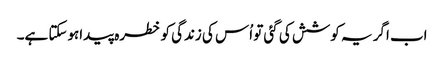
اب اگر یہ کوشش کی گئی تو اُس کی زندگی کو خطرہ پیداہوسکتا ہے۔